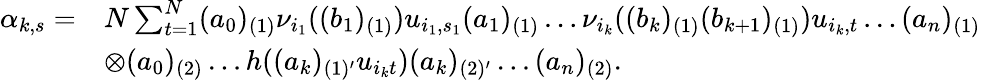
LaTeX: \begin{array}{rl}{\alpha_{k,s}=}&{N\sum_{t=1}^{N}(a_{0})_{(1)}\nu_{i_{1}}((b_{1})_{(1)})u_{i_{1},s_{1}}(a_{1})_{(1)}\dots\nu_{i_{k}}((b_{k})_{(1)}(b_{k+1})_{(1)})u_{i_{k},t}\dots(a_{n})_{(1)}}\\ &{\otimes(a_{0})_{(2)}\dots h((a_{k})_{(1)^{\prime}}u_{i_{k}t})(a_{k})_{(2)^{\prime}}\dots(a_{n})_{(2)}.}\end{array}